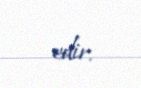
edir.